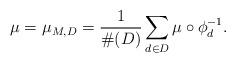
LaTeX: \begin{align*}\mu=\mu_{M,D}=\frac{1}{\#(D)}\sum_{d\in D}\mu\circ\phi_d^{-1}.\end{align*}